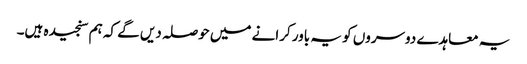
یہ معاہدے دوسروں کو یہ باور کرانے میں حوصلہ دیں گے کہ ہم سنجیدہ ہیں۔